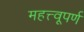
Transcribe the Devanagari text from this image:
महत्त्वूपर्ण